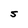
Character: S